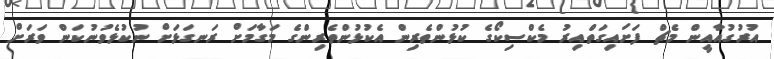
އުރުގުއާއީން މެޗް ފަށައިގަތްއިރު މެކްސިކޯގެ ކުޅުންތެރިން އެކުޅުންތެރިންގެ މަގާމަށް ރަނގަޅަށް ނުކުޅެވުނުކަން ވަރަށް